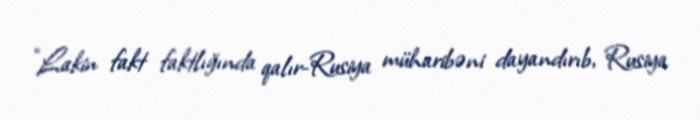
“Lakin fakt faktlığında qalır-Rusiya müharibəni dayandırıb, Rusiya